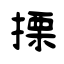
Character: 搮